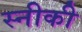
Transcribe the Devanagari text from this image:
स्नीकी